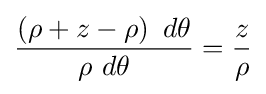
{\frac {\left(\rho +z-\rho \right)\ d\theta }{\rho \ d\theta }}={\frac {z}{\rho }}